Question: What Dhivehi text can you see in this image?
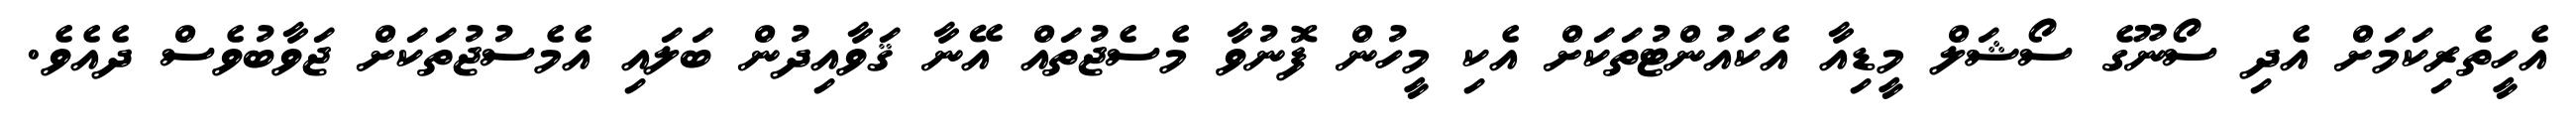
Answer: އެހީތެރިކަމަށް އެދި ސޯނޫގެ ސޯޝަލް މީޑިއާ އެކައުންޓުތަކަށް އެކި މީހުން ފޮނުވާ މެސެޖުތައް އޭނާ ޤަވާއިދުން ބަލައި އެމެސުޖުތަކަށް ޖަވާބުވެސް ދެއެވެ.